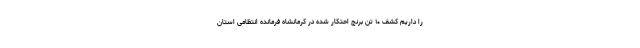
را داریم کشف ۱۰ تن برنج احتکار شده در کرمانشاه فرمانده انتظامی استان